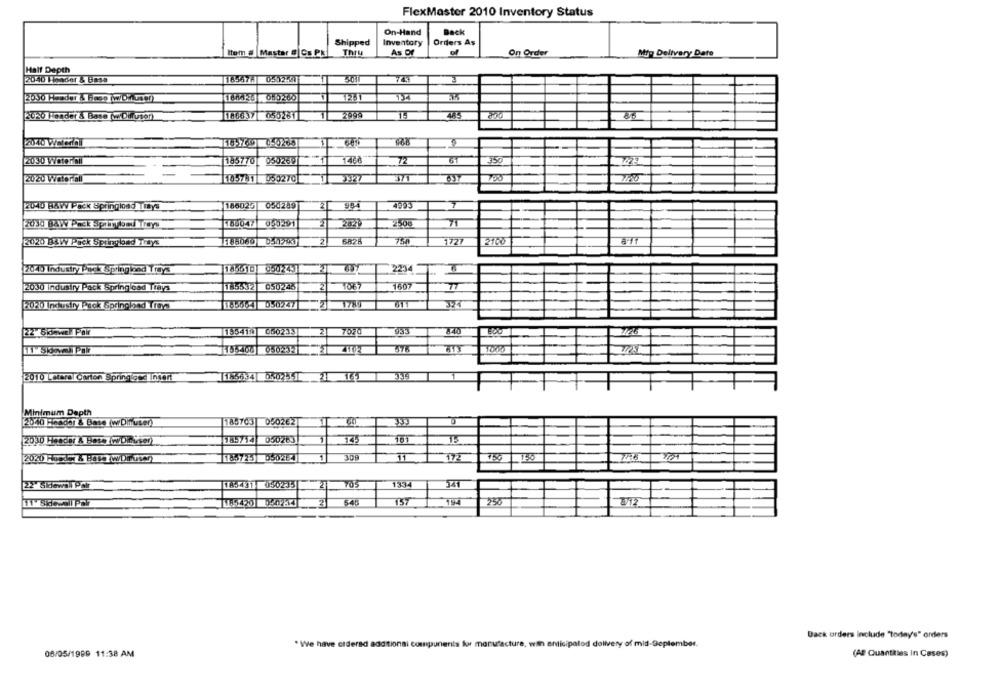
FlexMaster 2010 Inventory Status
On-Hand
Back
Shipped
Inventory
Orders As
Item # Master # Cs PK
Thry
As Of
of
On Order
Mfp Delivery Date
Half Depth
2010 Honder & Basa
18567A
0502-41
747
2020 Header & Base (wwwDiffuser)
T
2998
2040 Weledhl
2030 Water oil
195770
050269
1468
72
2020 Water.Gil
10-781 050270
3927
2040 BAW Pack Springload TiBys
185025
050289
2
964
4993
7
035291
4500
71
BAW Pack Spiry bed Treys
B&W Pack Springbad Trays
758
1127
2100
2040 Industry Pack Spring and Trays
1.0010| 050243
2234
185532
050243
1067
1607
2030 Industry Pack Springload Trays
2020 Industry Pack Springhed Trays
0502471
1789
011
[22 Sidewe Par
185419
050233
7070
0502331
1000
2010 Lateral Carton Springised Insert
1645634 05023-1 2 161 39
Minimum Depth
2010 Header & Base (w Diffuser)
185703 050262
1
333
185714
050263
101
[2020 Rooder & Base(WDifuser
18572-1
309
172
750
22 Sidews Pair
145431
050235
21
1352
85420
545
157
256
Dack orders include "today's" orders
* We have cidered additional components for manufacture, with anticipatod dollvery of mid-September.
08/05/1999 11:38 AM
(AP Quantities In Cases)